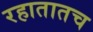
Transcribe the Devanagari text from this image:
रहातातच